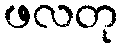
ဖလတု